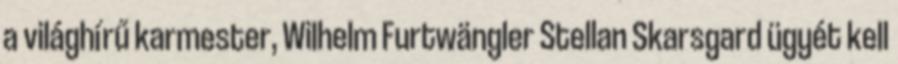
a világhírű karmester, Wilhelm Furtwängler Stellan Skarsgard ügyét kell